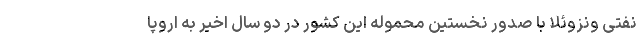
نفتی ونزوئلا با صدور نخستین محموله این کشور در دو سال اخیر به اروپا